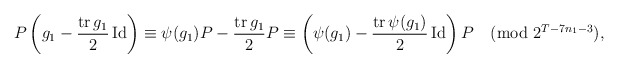
\begin{align*}P\left( g_1 -\frac{\operatorname{tr} g_1}{2} \operatorname{Id} \right) \equiv \psi(g_1)P - \frac{\operatorname{tr}g_1}{2} P \equiv \left( \psi(g_1) - \frac{\operatorname{tr} \psi(g_1)}{2} \operatorname{Id} \right)P \pmod{2^{T-7n_1-3}},\end{align*}